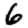
Digit: 6